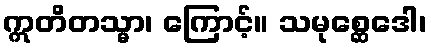
ဣတိတသ္မာ၊ ကြောင့်။ သမုစ္ဆေဒေါ၊